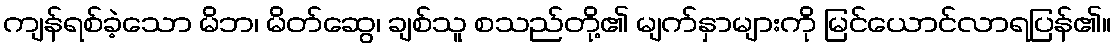
ကျန်ရစ်ခဲ့သော မိဘ၊ မိတ်ဆွေ၊ ချစ်သူ စသည်တို့၏ မျက်နှာများကို မြင်ယောင်လာရပြန်၏။